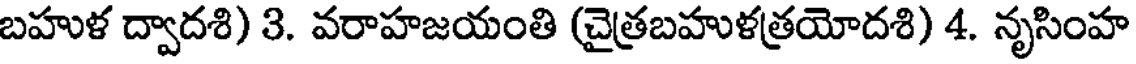
బహుళ ద్వాదశి) 3. వరాహజయంతి (చైత్రబహుళత్రయోదశి) 4. నృసింహ